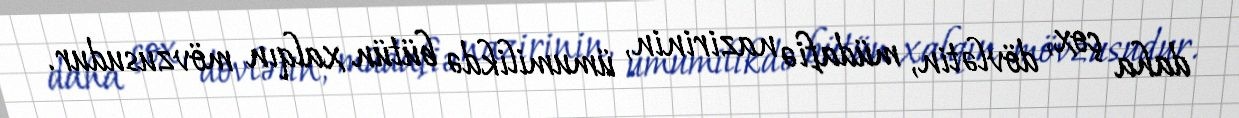
daha çox, dövlətin, müdafiə nazirinin, ümumilikdə bütün xalqın mövzusudur.